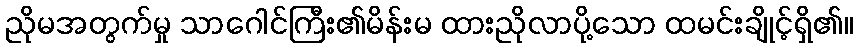
ညိုမအတွက်မှု သာဂေါင်ကြီး၏မိန်းမ ထားညိုလာပို့သော ထမင်းချိုင့်ရှိ၏။